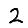
Digit: 2